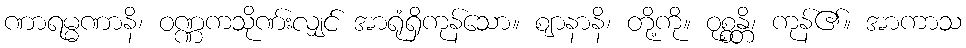
ဏာရမ္မဏာနိ၊ ဝဏ္ဏကသိုဏ်းလျှင် အာရုံရှိကုန်သော။ ဈာနာနိ၊ တို့ကို။ ဝုစ္စန္တိ၊ ကုန်၏။ အာကာသ